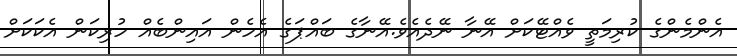
އެންމެންގެ ކުރިމަތީ ވެއްޓޭކަށް އޭނާ ނޭދެއެވެ.އޭނާގެ ބައްޕަގެ އެހެން އައިންބެއް ހުރިކަން އެކަކަށް